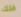
فلك